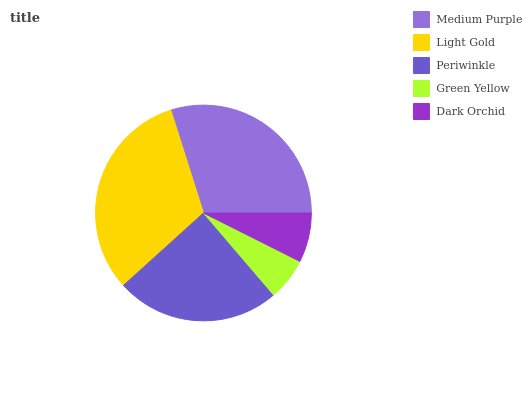
| Medium Purple | Light Gold | Periwinkle | Green Yellow | Dark Orchid |
 | --- | --- | --- | --- | --- |
 | 29.9% | 31.8% | 24.5% | 6.33% | 7.4% |